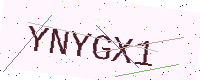
Text: YNYGX1